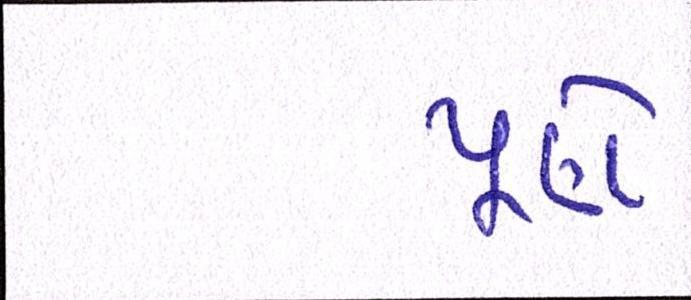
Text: પૂણે